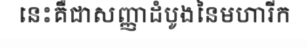
នេះគឺជាសញ្ញាដំបូងនៃមហារីក